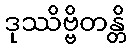
ဒုဿိဗ္ဗိတန္တိ